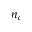
n _ { c }